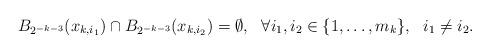
LaTeX: \begin{align*} B_{2^{-k-3}}(x_{k,i_1}) \cap B_{2^{-k-3}}(x_{k,i_2})=\emptyset, \ \ \forall i_1, i_2 \in \{1,\dots,m_k\}, \ \ i_1\neq i_2. \end{align*}